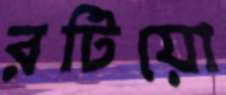
রটিয়ো